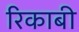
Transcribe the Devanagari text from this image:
रिकाबी